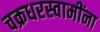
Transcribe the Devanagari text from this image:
चक्रधरस्वामींना